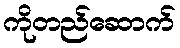
ကိုတည်ဆောက်